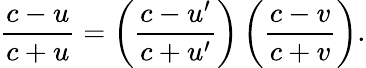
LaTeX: {\frac{c-u}{c+u}}=\left({\frac{c-u^{\prime}}{c+u^{\prime}}}\right)\left({\frac{c-v}{c+v}}\right).